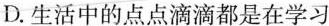
D.生活中的点点滴滴都是在学习